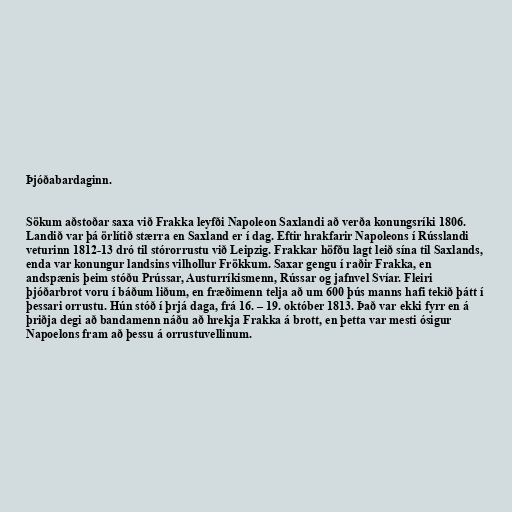
Þjóðabardaginn.

Sökum aðstoðar saxa við Frakka leyfði Napoleon Saxlandi að verða konungsríki 1806.
Landið var þá örlítið stærra en Saxland er í dag. Eftir hrakfarir Napoleons í Rússlandi
veturinn 1812-13 dró til stórorrustu við Leipzig. Frakkar höfðu lagt leið sína til Saxlands,
enda var konungur landsins vilhollur Frökkum. Saxar gengu í raðir Frakka, en
andspænis þeim stóðu Prússar, Austurríkismenn, Rússar og jafnvel Svíar. Fleiri
þjóðarbrot voru í báðum liðum, en fræðimenn telja að um 600 þús manns hafi tekið þátt í
þessari orrustu. Hún stóð í þrjá daga, frá 16. – 19. október 1813. Það var ekki fyrr en á
þriðja degi að bandamenn náðu að hrekja Frakka á brott, en þetta var mesti ósigur
Napoelons fram að þessu á orrustuvellinum.